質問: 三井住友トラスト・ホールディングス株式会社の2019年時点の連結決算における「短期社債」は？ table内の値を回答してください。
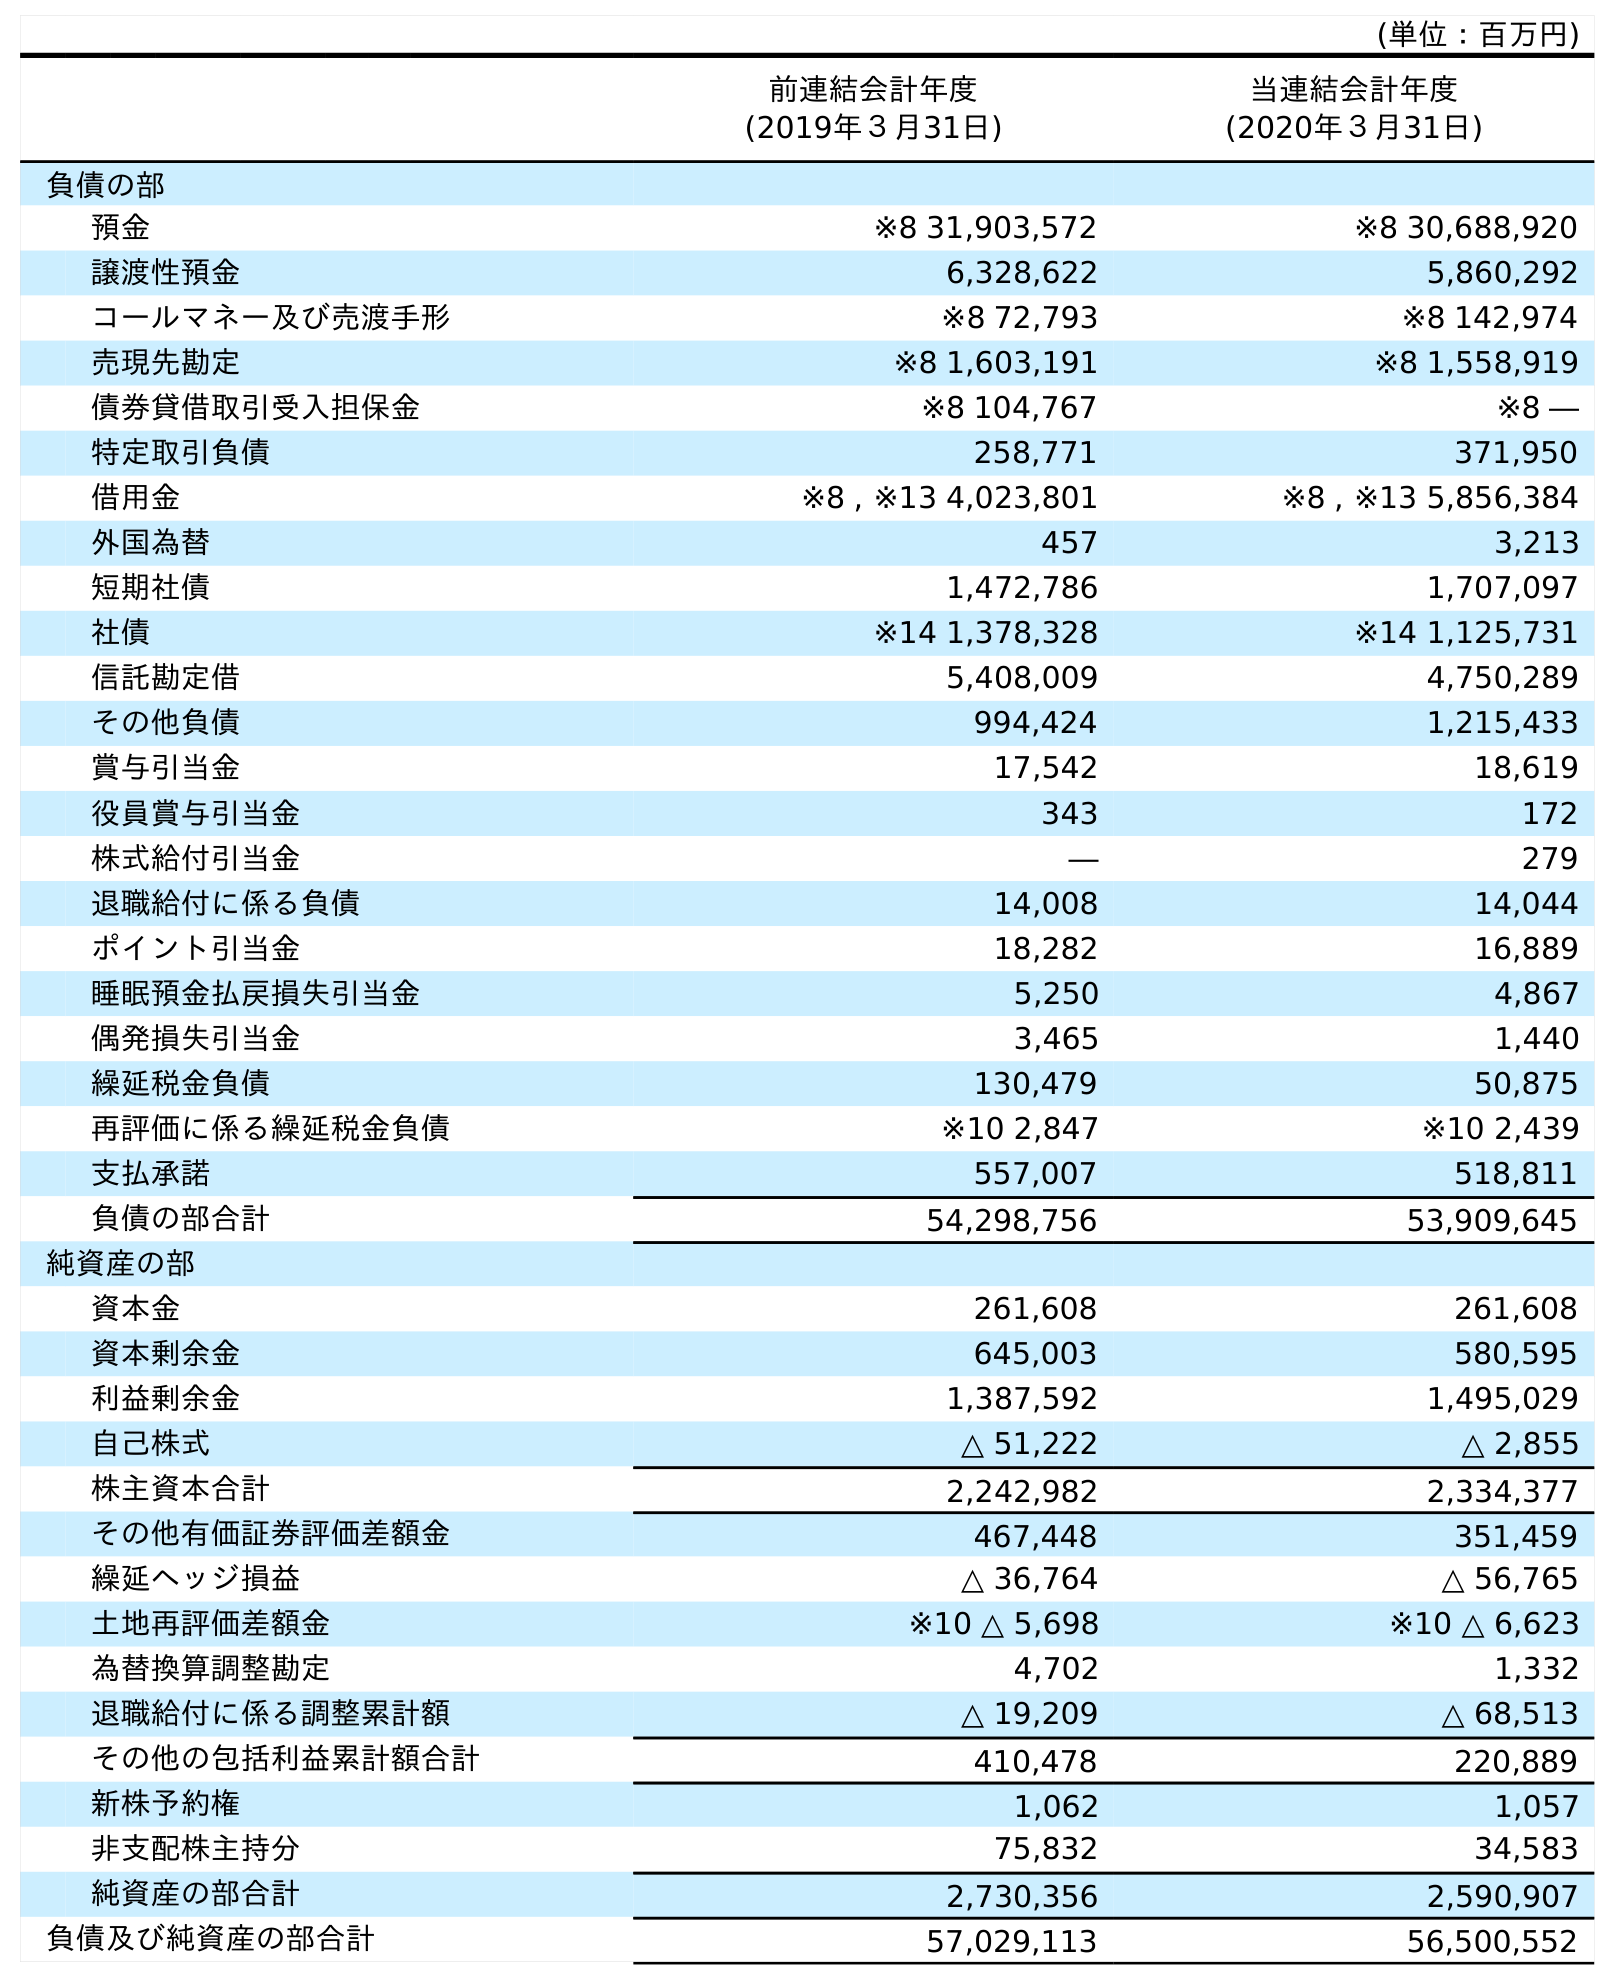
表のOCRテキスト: (単位：百万円) 前連結会計年度 (2019年３月31日) 当連結会計年度 (2020年３月31日) 負債の部 預金 ※8 31,903,572 ※8 30,688,920 譲渡性預金 6,328,622 5,860,292 コールマネー及び売渡手形 ※8 72,793 ※8 142,974 売現先勘定 ※8 1,603,191 ※8 1,558,919 債券貸借取引受入担保金 ※8 104,767 ※8 ― 特定取引負債 258,771 371,950 借用金 ※8 , ※13 4,023,801 ※8 , ※13 5,856,384 外国為替 457 3,213 短期社債 1,472,786 1,707,097 社債 ※14 1,378,328 ※14 1,125,731 信託勘定借 5,408,009 4,750,289 その他負債 994,424 1,215,433 賞与引当金 17,542 18,619 役員賞与引当金 343 172 株式給付引当金 ― 279 退職給付に係る負債 14,008 14,044 ポイント引当金 18,282 16,889 睡眠預金払戻損失引当金 5,250 4,867 偶発損失引当金 3,465 1,440 繰延税金負債 130,479 50,875 再評価に係る繰延税金負債 ※10 2,847 ※10 2,439 支払承諾 557,007 518,811 負債の部合計 54,298,756 53,909,645 純資産の部 資本金 261,608 261,608 資本剰余金 645,003 580,595 利益剰余金 1,387,592 1,495,029 自己株式 △ 51,222 △ 2,855 株主資本合計 2,242,982 2,334,377 その他有価証券評価差額金 467,448 351,459 繰延ヘッジ損益 △ 36,764 △ 56,765 土地再評価差額金 ※10 △ 5,698 ※10 △ 6,623 為替換算調整勘定 4,702 1,332 退職給付に係る調整累計額 △ 19,209 △ 68,513 その他の包括利益累計額合計 410,478 220,889 新株予約権 1,062 1,057 非支配株主持分 75,832 34,583 純資産の部合計 2,730,356 2,590,907 負債及び純資産の部合計 57,029,113 56,500,552
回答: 1,472,786